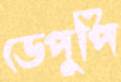
ডেপুপি